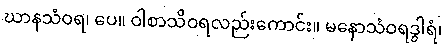
ဃာနသံဝရ၊ ပေ။ ဝါစာသိဝရလည်းကောင်း။ မနောသံဝရဒွါရံ၊